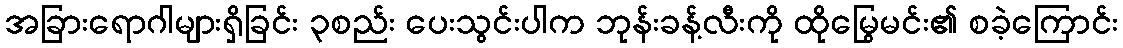
အခြားရောဂါများရှိခြင်း ၃စည်း ပေးသွင်းပါက ဘုန်းခန့်လီးကို ထိုမြွေမင်း၏ စခဲ့ကြောင်း